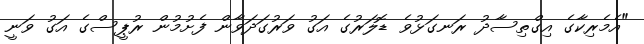
"އެމެރިކާގެ އިގްތިސާދު ރަނގަޅުވެ ޑޮލަރުގެ އަގު ވަރުގަދަވާން ފެށުމުން ރުޕީސްގެ އަގު ވަނީ